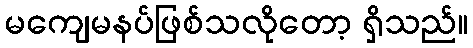
မကျေမနပ်ဖြစ်သလိုတော့ ရှိသည်။